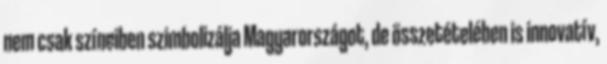
nem csak színeiben szimbolizálja Magyarországot, de összetételében is innovatív,